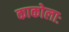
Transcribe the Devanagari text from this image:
काकोलाः